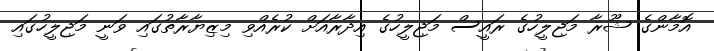
އޮމާންގެ ޝޫރާ މަޖިލީހުގެ ރައީސް މަޖިލީހުގެ އިދާރާއަށް ކުރެއްވި މިޒިޔާރާތުގައި ވަނީ މަޖިލީހުގައި